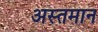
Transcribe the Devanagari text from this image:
अस्तमान